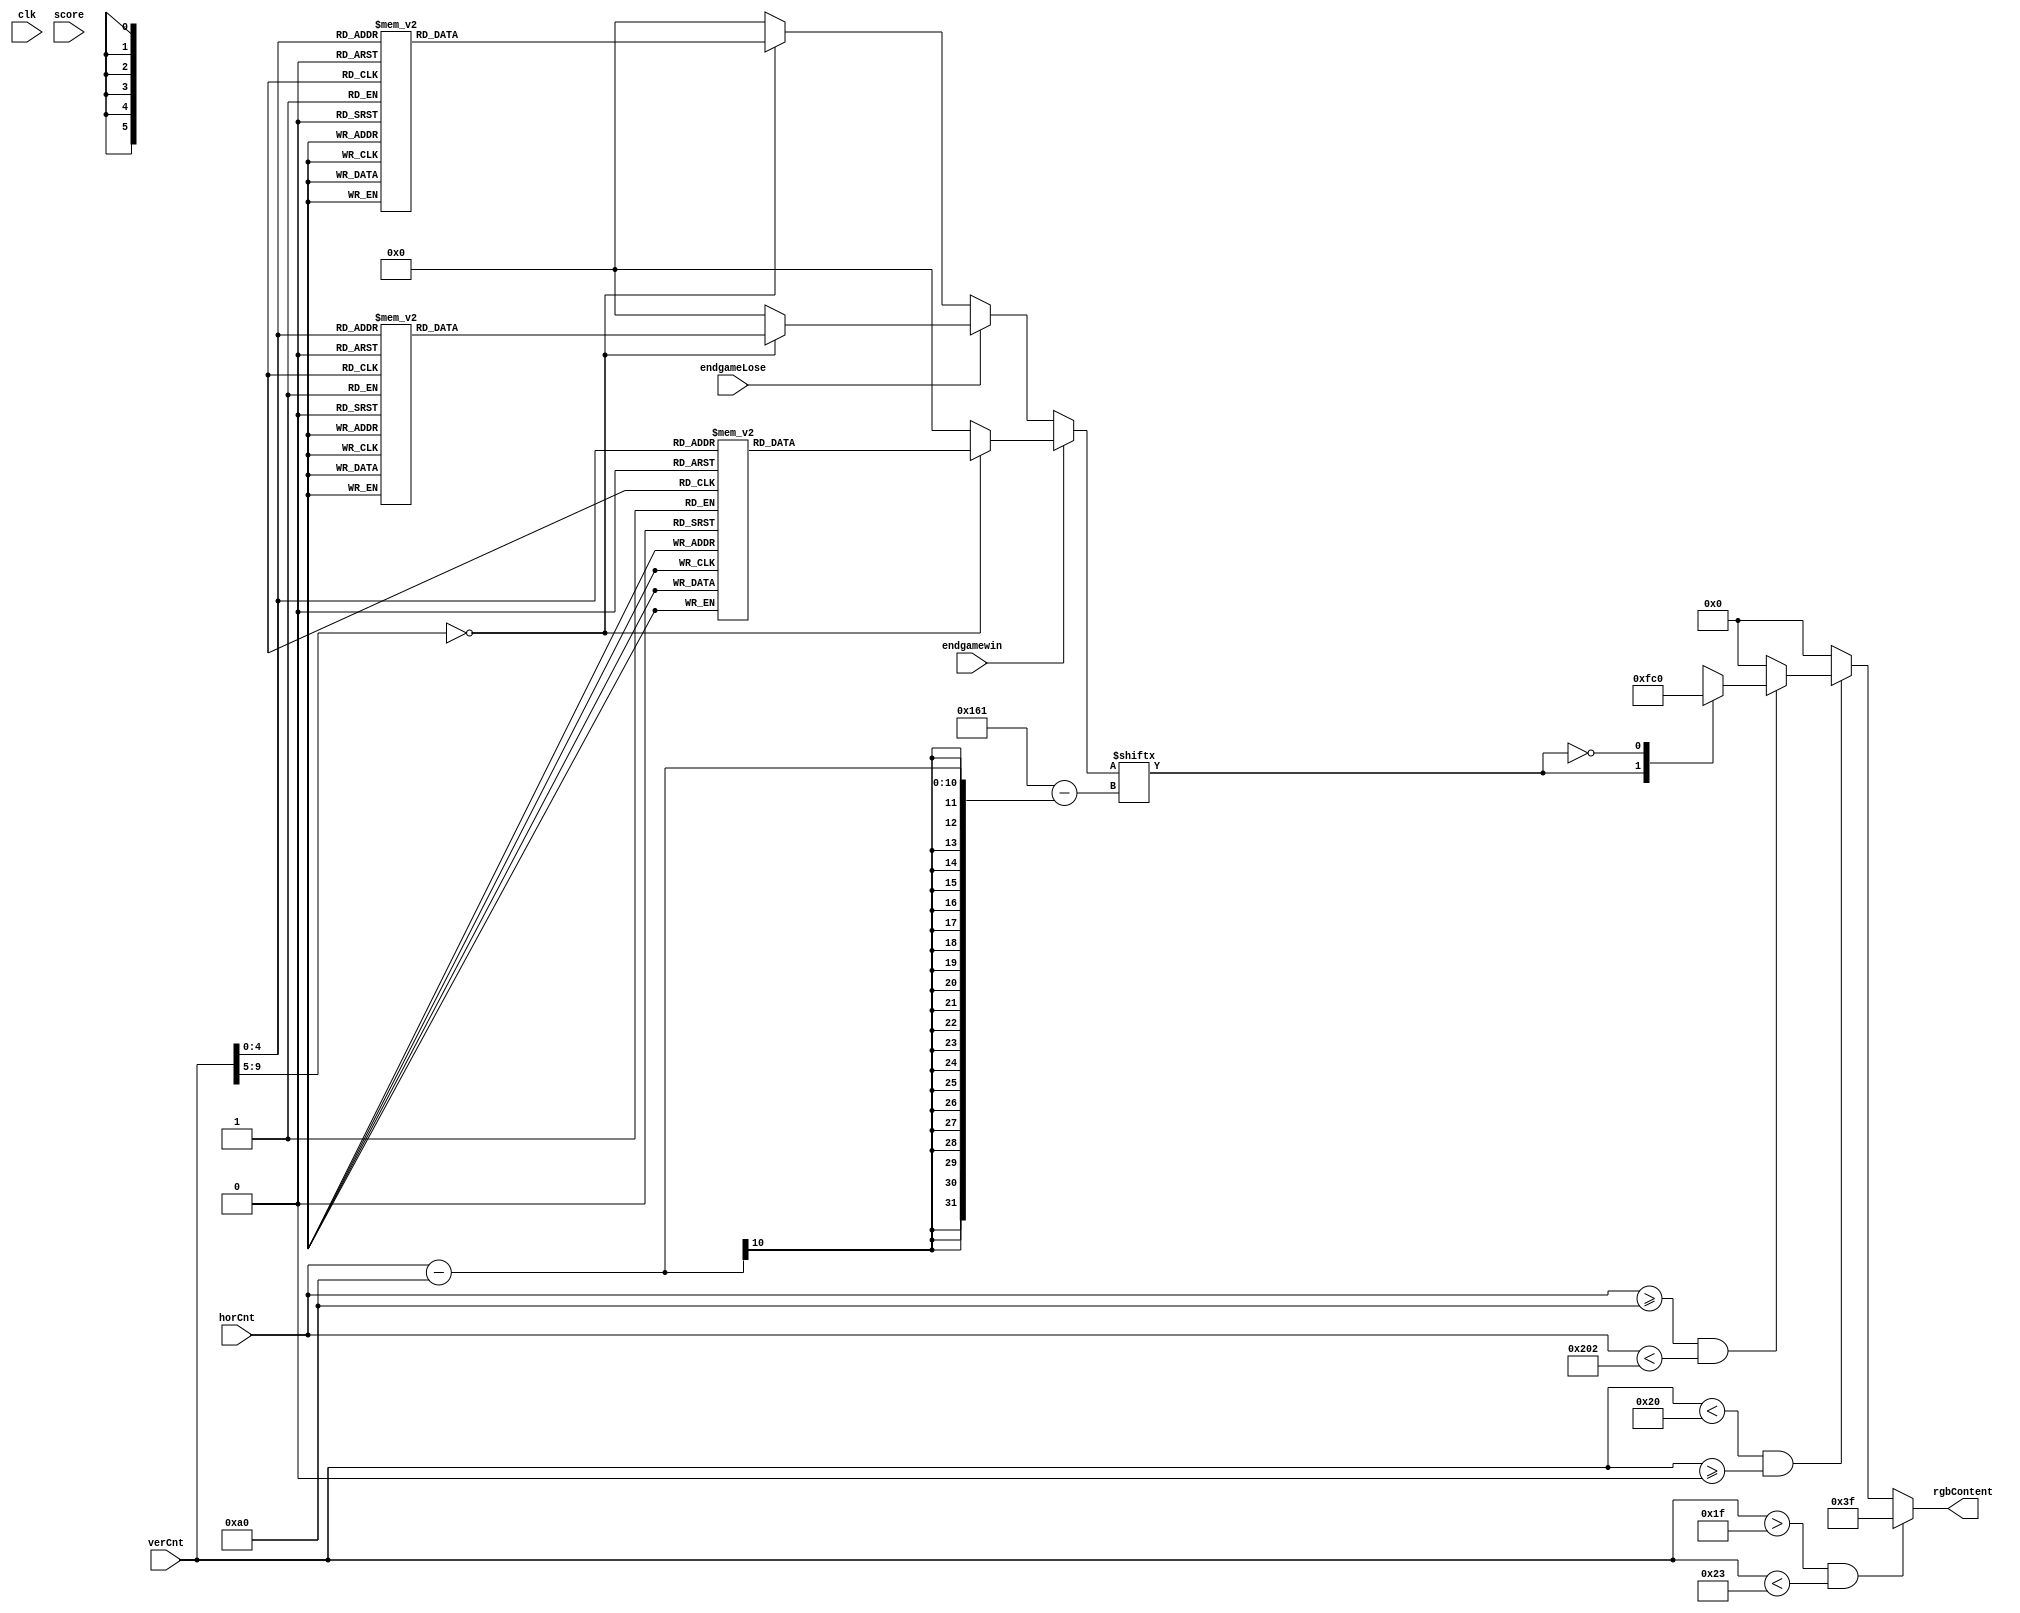
`timescale 1ns / 1ps
//////////////////////////////////////////////////////////////////////////////////
// Company: 
// Engineer: 
// 
// Design Name: 
// Module Name:    header 
// Project Name: 
// Target Devices: 
// Tool versions: 
// Description: 
//
// Dependencies: 
//
// Revision: 
// Revision 0.01 - File Created
// Additional Comments: 
//
//////////////////////////////////////////////////////////////////////////////////
module header(horCnt,
				  verCnt,
				  clk,
				  rgbContent,
				  score,
				  endgamewin,
				  endgameLose
    );
	parameter headerStart = 31;
	parameter headerWidth = 4;
	parameter startSpr = 10;
	input [9:0] horCnt;
	input [9:0] verCnt;
	input clk;
	input [3:0] score;
	input endgamewin;
	input endgameLose;
	output reg [5:0] rgbContent = 0;
	reg [353:0] data_t = 354'b0;
	reg [9:0] magic = 0;
	
	always @(horCnt or verCnt) begin
		if(verCnt > headerStart && verCnt < headerStart+headerWidth) begin 
		//alphabet here
		
			rgbContent <= 6'b111111;
		end
		
		else if(verCnt < 32 && verCnt >= 0)
		      begin
		      if(horCnt >= (0+160) && horCnt < (354+160))
		      begin
		          if(endgamewin) begin 	
		          case(verCnt)
                  10'd00: data_t = 354'b000000000000000000000000000000000000000000000000000000000000000000000000000000000000000000000000000000000000000000000000000000000000000000000000000000000000000000000000000000000000000000000000000000000000000000000000000000000000000000000000000000000000000000000000000000000000000000000000000000000000000000000000000000000000000000000000000000000000000000;
                  10'd01: data_t = 354'b000000000000000000000000000000000000000000000000000000000000000000000000000000000000000000000000000000000000000000000000000000000000000000000000000000000000000000000000000000000000000000000000000000000000000000000000000000000000000000000000000000000000000000000000000000000000000000000000000000000000000000000000000000000000000000000000000000000000000000;
                  10'd02: data_t = 354'b000000000000000000000000000000000000000000000000000000000000000000000000000000000000000000000000000000000000000000000000000000000000000000000000000000000000000000000000000000000000000000000000000000000000000000000000000000000000000000000000000000000000000000000000000000000000000000000000000000000000000000000000000000000000000000000000000000000000000000;
                  10'd03: data_t = 354'b000000000000000000000000000000000000000000000000000000000000000000001100000000000000000000000000000000000000000000000000000000000000000000000000000000000000000000000000000000000000000000000000000000000000000000000000000000000000000000000000000000000000000000000000000000000000000000000000000000000000000000000000000000000000000000000000000000000000000000;
                  10'd04: data_t = 354'b000000000000000000000000000000000000000000000000000000000000000000001100000000000000000000000000000000000000000000000000000000000000000000000000000000000000000000000000000000000000000000000000000000000000000000000000000000000000000000000000000000000000000000000000000000000000000000000000000000000000000000000000000000000000000000000000000000000000000000;
                  10'd05: data_t = 354'b000000000000000000000000000000000000000000000000000000000000000000011100000000000000000000000000000000000000000011000000000000000000110000000000000000000000000000000000000000000000000000000000000000000000000000000000000000000000000000000000000000000000000000000000000000000000000000000000000000000000000000000000000000000000000000000000000000000000000000;
                  10'd06: data_t = 354'b000000000000000000000000000000000000000000000000000000000000000000011100000000000000000000000000000000000000000011000000000000000001110000000000000110000000000000000000000000000000000000000000000000001100000000111100000000000000000000000000000000000000000000000000000000000000001110000000000000000000000000000000000000000000000000000000000000000000000000;
                  10'd07: data_t = 354'b000000000000000000000000000000000000000000000000000000000000000000111100000000000000000000000000000000000000000011000000000000000011110000000000001110000000001100000000000000000000000000000000000000001100000011111100000000000000000000000000000000000000000000000000000000000000011110000000000000000000000000000000000000000000000000000000000000000000000000;
                  10'd08: data_t = 354'b000000000000000000000000000000000000000000000000000000000000000001111100000000000000000000000000000000000000000011100000000000000111100000000000001110000000001100000000000000000000000000000000000000001110000011110000000000000000011000000000000000000000000000000000000000000000111110000000000000000000000000000000000000000000000000000000000000000000000000;
                  10'd09: data_t = 354'b000000000000000000000000000000000000000000000000000000000111111111111111110000000000000000000000000000000000000001100000000000011110000000000000001100000000011100000000000000000000000110000000000000000110000000110000000111000000011000000000000000000000000000000000000011110001111110000000000000000000000000000000000000000000000000000000000000000000000000;
                  10'd10: data_t = 354'b000000000000000000000000000000000000000000000000000000000111111111111111110000000000000000000000000000000000000001100000000000011110000000000000001100000000011100000000000000000000000110000000000000000111000000110000000111000000011000000000000000000000000000000000000011111111111111100000000000000000000000000000000000000000000000000000000000000000000000;
                  10'd11: data_t = 354'b000000000000000000000000000000000000000000000000000000000001111111111111110000000000000000000011100000000000000001111000000001111000000000000000001100000000011000000000000000000000000110000000000000000011000000110000000111110000011000000000000000000000000000000000000001111111111111111100000000000000000000000000000000000000000000000000000000000000000000;
                  10'd12: data_t = 354'b000000000000000000000000000000000000000000000000000000000000111111111111100000000000000000000011100000000000000001111100000111110000000000000000001100000000111000000000000000000000000110000000000000000011000000111000000111110000011100000000000000000000111000000000000000011111111111111100000000000000000000000000000000000000000000000000000000000000000000;
                  10'd13: data_t = 354'b000000000000000000000000000000000000000000000000000000000000011111111111000000000000000000000011110000000000000000011111111111000000000000000000001100000000111000000000000000000000000111000000000000000111000000011000000110111000001100000000000000000001111000000000000000001111111111111100000000000000000000000000000000000000000000000000000000000000000000;
                  10'd14: data_t = 354'b000000000000000000000000000000000000000000000000000000000000111111111100000000000000000000000011110001111000000000000111111100000000111111000000011100000001110000000000000000000000000011000000000000000110000000011000000111011100001100000000000000000011111000000000000000001111111111100000000000000000000000000000000000000000000000000000000000000000000000;
                  10'd15: data_t = 354'b000000000000000000000000000000000000000000000000000000000001111111111100000000000000000000000011110011111000000000000000110000000011111111100000011100000001110000000000000000000000000011000000000000000110000000011000000111001110001100000000000000000011111000000000000000000111111111100000000000000000000000000000000000000000000000000000000000000000000000;
                  10'd16: data_t = 354'b000000000000000000000000000000000000000000000000000000000111111111111100000000000000000000000011111111110000000000000001110000001111100001100000011000000001100000000000000000000000000111000000000000000110000000011000000011000110011100000000000000000111111000000000000000011111111110000000000000000000000000000000000000000000000000000000000000000000000000;
                  10'd17: data_t = 354'b000000000000000000000000000000000000000000000000000000000111110000111100000000000000000000000011111111100000000000000001100000001111000001100000111000000001100000000000000000000000000110000001111000000110000000011000000011000111011000000000000000000111111000000000000000011111111110000000000000000000000000000000000000000000000000000000000000000000000000;
                  10'd18: data_t = 354'b000000000000000000000000000000000000000000000000000000000000000000001100000000000000000000000111111111100000000000000011100000001100000001100000111000000001100000000000000000000000000110000001111000000110000000011000000011000011111100000000011111111111111111000000000000111111111110000000000000000000000000000000000000000000000000000000000000000000000000;
                  10'd19: data_t = 354'b000000000000000000000000000000000000000000000000000000000000000000001100000000000000000000000111111110000000000000000111000000001100000001100001110000000001100000000000000000000000000110000011111100000110000000011000000011000001111100000000011111111111111111110000000000111111011111000000000000000000000000000000000000000000000000000000000000000000000000;
                  10'd20: data_t = 354'b000000000000000000000000000000000000000000000000000000000000000000001100000000000000000000001111111110000000000000000110000000001100000001100001110000000011100000000000000000000000000111000011001110000110000000111000000011000001111110000000000111111111111111110000000000111000001111000000000000000000000000000000000000000000000000000000000000000000000000;
                  10'd21: data_t = 354'b000000000000000000000000000000000000000000000000000000000000000000000000000000000000000000011111111110000000000000001110000000001100000001100001100000000011100000000000000000000000000011000011000110000111000000110000000011000000011110000000000000111111111111100000000000000000000111000000000000000000000000000000000000000000000000000000000000000000000000;
                  10'd22: data_t = 354'b000000000000000000000000000000000000000000000000000000000000000000000000000000000000000001111111111110000000000000011100000000001100000011100001100000000111000000000000000000000000000011000111000111000111000000110011100011100000001111000000000001111111111111000000000000000000000111000000000000000000000000000000000000000000000000000000000000000000000000;
                  10'd23: data_t = 354'b000000000000000000000000000000000000000000000000000000000000000000000000000000000000000111111111111110000000000000011000000000001100000111100001100000000111000000000000000000000000000011000110000011100111000000110111100001100000000111000000000001111111111100000000000000000000000000000000000000000000000000000000000000000000000000000000000000000000000000;
                  10'd24: data_t = 354'b000000000000000000000000000000000000000000000000000000000000000000000000000000000000001111111111111111000000000000111000000000001111111110000001111111111110000000000000000000000000000011111110000001111110000000111110000001100000000000000000000001111111111100000000000000000000000000000000000000000000000000000000000000000000000000000000000000000000000000;
                  10'd25: data_t = 354'b000000000000000000000000000000000000000000000000000000000000000000000000000000000000001111111111111111000000000000111000000000001111111110000001111111111110000000000000000000000000000011111110000000111100000000111100000001100000000000000000000001111111111100000000000000000000000000000000000000000000000000000000000000000000000000000000000000000000000000;
                  10'd26: data_t = 354'b000000000000000000000000000000000000000000000000000000000000000000000000000000000000000000111110000111100000000000110000000000000011111000000000000000000000000000000000000000000000000000000000000000000000000000000000000000000000000000000000000011111111011110000000000000000000000000000000000000000000000000000000000000000000000000000000000000000000000000;
                  10'd27: data_t = 354'b000000000000000000000000000000000000000000000000000000000000000000000000000000000000000000111100000011100000000000110000000000000000000000000000000000000000000000000000000000000000000000000000000000000000000000000000000000000000000000000000000011111110011110000000000000000000000000000000000000000000000000000000000000000000000000000000000000000000000000;
                  10'd28: data_t = 354'b000000000000000000000000000000000000000000000000000000000000000000000000000000000000000000111000000011100000000000000000000000000000000000000000000000000000000000000000000000000000000000000000000000000000000000000000000000000000000000000000000011110000001110000000000000000000000000000000000000000000000000000000000000000000000000000000000000000000000000;
                  10'd29: data_t = 354'b000000000000000000000000000000000000000000000000000000000000000000000000000000000000000000110000000000000000000000000000000000000000000000000000000000000000000000000000000000000000000000000000000000000000000000000000000000000000000000000000000000000000000000000000000000000000000000000000000000000000000000000000000000000000000000000000000000000000000000;
                  10'd30: data_t = 354'b000000000000000000000000000000000000000000000000000000000000000000000000000000000000000000000000000000000000000000000000000000000000000000000000000000000000000000000000000000000000000000000000000000000000000000000000000000000000000000000000000000000000000000000000000000000000000000000000000000000000000000000000000000000000000000000000000000000000000000;
                  10'd31: data_t = 354'b000000000000000000000000000000000000000000000000000000000000000000000000000000000000000000000000000000000000000000000000000000000000000000000000000000000000000000000000000000000000000000000000000000000000000000000000000000000000000000000000000000000000000000000000000000000000000000000000000000000000000000000000000000000000000000000000000000000000000000;
                  default: data_t = 354'b0;  
                  endcase;      
		          end
		          else if(endgameLose) begin 
		          case(verCnt)
                   10'd00: data_t = 354'b000000000000000000000000000000000000000000000000000000000000000000000000000000000000000000000000000000000000000000000000000000000000000000000000000000000000000000000000000000000000000000000000000000000000000000000000000000000000000000000000000000000000000000000000000000000000000000000000000000000000000000000000000000000000000000000000000000000000000000;
                                  10'd01: data_t = 354'b000000000000000000000000000000000000000000000000000000000000000000000000000000000000000000000000000000000000000000000000000000000000000000000000000000000000000000000000000000000000000000000000000000000000000000000000000000000000000000000000000000000000000000000000000000000000000000000000000000000000000000000000000000000000000000000000000000000000000000;
                                  10'd02: data_t = 354'b000000000000000000000000000000000000000000000000000000000000000000000000000000000000000000000000000000000000000000000000000000000000000000000000000000000000000000000000000000000000000000000000000000000000000000000000000000000000000000000000000000000000000000000000000000000000000000000000000000000000000000000000000000000000000000000000000000000000000000;
                                  10'd03: data_t = 354'b000000000000000000000000000000000000000000000000000000000000000000000000000000000000000000000000000000000000000000000000000000110000000000000000000000000000000000000000000000000000000000000000000000000000000000000000000000000000000000000000000000000000000000000000000000000000000000000000000000000000000000000000000000000000000000000000000000000000000000;
                                  10'd04: data_t = 354'b000000000000000000000000000000000000000000000000000000000000000000000000000000000000000000000000000000000000000000000000000001110000000000000011000000000000000000000000000000000000000000000000000000000000000000000000011100000000000000000000000000000000000000000000000000000000000000000000000000000000000000000000000000000000000000000000000000000000000000;
                                  10'd05: data_t = 354'b000000000000000000000000000000000000000000000000000000000000000000000000000000000000000000000000000000000000001111000000000001111000000000000111100000000000000000000000000000000000000011111110000000000000000000000000111100000000000111110000000000000000000000000000000000000000000000000000000000000000000000000000000000000000000000000000000000000000000000;
                                  10'd06: data_t = 354'b000000000000000000000000000000000000000000000000000000000000000000000000000000000000000000000000000000000000111111110000000001111000000000000111100000001110000000000000000000000000000111111111000000000000000000001111110000000000000111111000000000000000000000000000000000000000000000000000000000000000000000000000000000000000000000000000000000000000000000;
                                  10'd07: data_t = 354'b000000000000000000000000000000000000000000000000000000000000000111111000000000000000000000000000000000000001111001111000000001111000000000000111110000011110000000000000000000000000001110000111100000000000000000001111100000000000000110011100000000000000000000000000000000000000000000000000000000000000000000000000000000000000000000000000000000000000000000;
                                  10'd08: data_t = 354'b000000000000000000000000000000000000000000000000000000000000011111111110000000000000000000000000000000000111100000111000000001111100000000000110110000111110000000000000000000000000011110000011100000000000000000001100000001110000001110001110000000000000000000000000000000000000000000000000000000000000000000000000000000000000000000000000000000000000000000;
                                  10'd09: data_t = 354'b000000000000000000000000000000000000000000000000000000000000111111111111000000000000000000000000000000000111000000000000000001101110000000000110111001111110000001111111000000000000111000000001110000000000000000001100001111110000011100000111000000000000000000000000000000000000000000000000000000000000000000000000000000000000000000000000000000000000000000;
                                  10'd10: data_t = 354'b000000000000000000000000000000000000000000000000000000000000111111111111000000000000000000000000000000001110000000000000000001100110000000000110011011100110000001111111000000000001110000000000110000000000000000001110111111000000011100000111000000000000000000000000000000000000000000000000000000000000000000000000000000000000000000000000000000000000000000;
                                  10'd11: data_t = 354'b000000000000000000000000000000000000000000000000000000000011111111111111100000000000001111110000000000001100000000000000000001100110000000000110011111000110000001100000000000000011100000000000110000000000000000000111111000000000111000000011000000000000000000000000000000011111110000000000000000000000000000000000000000000000000000000000000000000000000000;
                                  10'd12: data_t = 354'b000000000000000000000000000000000000000000000000000000000011111111111111100000000000011111111000000000011100000000000000000011100111000000000110011110000110000001100000000000000011100000000000110000000000000000000111110000000001111110000111000000000000000000000000000000111111111000000000000000000000000000000000000000000000000000000000000000000000000000;
                                  10'd13: data_t = 354'b000000000000000000000000000000000000000000000000000000000001111111111111100000000000111111111000000000011100000000000000000011000011110000000110001110001110000011100000000000000011000000000000110000000000001100000111100000000001110111000111000000000000000000000000000001111111111100000000000000000000000000000000000000000000000000000000000000000000000000;
                                  10'd14: data_t = 354'b000000000000000000000000000000000000000000000000000000000001111111111111100000000000111111111111100000111000000000011000000111011111110000000110001100001100000011000000000000000011000000000000110011000000011100000110000000000001100111111110000000000000000000000000000001111111111100000000000000000000000000000000000000000000000000000000000000000000000000;
                                  10'd15: data_t = 354'b000000000000000000000000000000000000000000000000000000000000111111111111100000000000111111111111100000110000111111111000001111111111100000001110001100001100000011000000000000000011000000000000110011100000011000000110000111100011100011111100000000000111111100000000000001111111111100000000000000000000000000000000000000000000000000000000000000000000000000;
                                  10'd16: data_t = 354'b000000000000000000000000000000000000000000000000000000000111000111111111100000000000111111111100000000110000111111111100001111110001100000001100000000011100000011110000000000000011000000000001110001100000111000000110001111100011000001110000000000001111111100000000000000111111111100000000000000000000000000000000000000000000000000000000000000000000000000;
                                  10'd17: data_t = 354'b000000000000000000000000000000000000000000000000000000011111000011111111000000000000111111111000000000110000000000001100011111000001110000001100000000011000000111111111000000000011000000000001100001110000111000001110111100000111000000110000000000011111111110000000000011001111111100000000000000000000000000000000000000000000000000000000000000000000000000;
                                  10'd18: data_t = 354'b000000000000000000000000000000000000000000000000000000011100001100011111000000000000111111111100000000110000000000001100111000000000110000011100000000111000001110111111000000000011000000000011100001111001110000001111111000000111000000110000000000011111111110000000000111001111111100000000000000000000000000000000000000000000000000000000000000000000000000;
                                  10'd19: data_t = 354'b000000000000000000000000000000000000000000000000000000000000001100011000000000000000111110111100000000110000000000001101110000000000111000111000000000111000011100000000000000000011000000000011100000011101100000001111100000000110000000111000000000011111111110000000011111011111111100000000000000000000000000000000000000000000000000000000000000000000000000;
                                  10'd20: data_t = 354'b000000000000000000000000000000000000000000000000000000000000111100011000000000000000000110001100000000111000000000011101100000000000111100110000000000110000011000000000000000000011100000001111000000011111100000001111000000000110000000111000000000011111111110000000011100111101111000000000000000000000000000000000000000000000000000000000000000000000000000;
                                  10'd21: data_t = 354'b000000000000000000000000000000000000000000000000000000000000111000111000000000000000001110000000000000011100000001111101100000000000011100110000000001110000011000000000000000000001110000111110000000001111100000001110000000000000000000011100000000011111111110000000000000111001100000000000000000000000000000000000000000000000000000000000000000000000000000;
                                  10'd22: data_t = 354'b000000000000000000000000000000000000000000000000000000000000000000111000000000000000001110000000000000001110000001110001100000000000001110110000000001110000011000000000000000000000111111111100000000000111100000000000000000000000000000011100000000000000000000000000000001111001100000000000000000000000000000000000000000000000000000000000000000000000000000;
                                  10'd23: data_t = 354'b000000000000000000000000000000000000000000000000000000000000000000110000000000000000000000000000000000001111111111100001100000000000001110000000000000000000111110000000000000000000111111110000000000000111000000000000000000000000000000000000000000000011001110000000000001110001100000000000000000000000000000000000000000000000000000000000000000000000000000;
                                  10'd24: data_t = 354'b000000000000000000000000000000000000000000000000000000000000000000110000000000000000000000000000000000000011111111000001100000000000000110000000000000000000111111111110000000000000011111000000000000000011000000000000000000000000000000000000000000111011001111000000000001100011100000000000000000000000000000000000000000000000000000000000000000000000000000;
                                  10'd25: data_t = 354'b000000000000000000000000000000000000000000000000000000000000000000110000000000000000000000000000000000000000000000000000000000000000000000000000000000000000111011111110000000000000001110000000000000000000000000000000000000000000000000000000000001111011000111100000000000000011100000000000000000000000000000000000000000000000000000000000000000000000000000;
                                  10'd26: data_t = 354'b000000000000000000000000000000000000000000000000000000000000000000000000000000000000000000000000000000000000000000000000000000000000000000000000000000000000000000000000000000000000000000000000000000000000000000000000000000000000000000000000000001110011000011100000000000000011100000000000000000000000000000000000000000000000000000000000000000000000000000;
                                  10'd27: data_t = 354'b000000000000000000000000000000000000000000000000000000000000000000000000000000000000000000000000000000000000000000000000000000000000000000000000000000000000000000000000000000000000000000000000000000000000000000000000000000000000000000000000000001100011000000000000000000000000000000000000000000000000000000000000000000000000000000000000000000000000000000;
                                  10'd28: data_t = 354'b000000000000000000000000000000000000000000000000000000000000000000000000000000000000000000000000000000000000000000000000000000000000000000000000000000000000000000000000000000000000000000000000000000000000000000000000000000000000000000000000000000000000000000000000000000000000000000000000000000000000000000000000000000000000000000000000000000000000000000;
                                  10'd29: data_t = 354'b000000000000000000000000000000000000000000000000000000000000000000000000000000000000000000000000000000000000000000000000000000000000000000000000000000000000000000000000000000000000000000000000000000000000000000000000000000000000000000000000000000000000000000000000000000000000000000000000000000000000000000000000000000000000000000000000000000000000000000;
                                  10'd30: data_t = 354'b000000000000000000000000000000000000000000000000000000000000000000000000000000000000000000000000000000000000000000000000000000000000000000000000000000000000000000000000000000000000000000000000000000000000000000000000000000000000000000000000000000000000000000000000000000000000000000000000000000000000000000000000000000000000000000000000000000000000000000;
                                  10'd31: data_t = 354'b000000000000000000000000000000000000000000000000000000000000000000000000000000000000000000000000000000000000000000000000000000000000000000000000000000000000000000000000000000000000000000000000000000000000000000000000000000000000000000000000000000000000000000000000000000000000000000000000000000000000000000000000000000000000000000000000000000000000000000;
                                  default: data_t = 354'b0;
                                  endcase;  		          
		          end
		          else begin 
		          case(verCnt)
                  10'd00: data_t = 354'b000000000000000000000000000000000000000000000000000000000000000000000000000000000000000000000000000000000000000000000000000000000000000000000000000000000000000000000000000000000000000000000000000000000000000000000000000000000000000000000000000000000000000000000000000000000000000000000000000000000000000000000000000000000000000000000000000000000000000000;
                  10'd01: data_t = 354'b000000000000000000000000000000000000000000000000000000000000000000000000000000000000000000000000000000000000000000000000000000000000000000000000000000000000000000000000000000000000000000000000000000000000000000000000000000000000000000000000000000000000000000000000000000000000000000000000000000000000000000000000000000000001000000000000000000000000000000;
                  10'd02: data_t = 354'b000000000000000000000000000000000000000000000000000000000000000000000000000000000000000000000000000000000000000000000000000000000000000000000000000000000000000000000000000000000001110000000000000000000000000000000000000000000000000000000000000000000000000000000000000000000000000000000000000000000000000000000000000000000001000000000000000000000000000000;
                  10'd03: data_t = 354'b000000000000000000000000000000000000000000000000000000000000000000000000000000000000000000000000000000000000000000000000000000000000000000000000000000000000000000000000000000000001110000000000000000000000000000001100000000000000000000000000000000000000000000000000000000000000000000000000000000000000000000000000000000000001000000000000000000011110000010;
                  10'd04: data_t = 354'b000000000000000000000000000000000000000000000000000000000000000000000000000000011111100000000000000000000000000011100000000000000000000000000000000000000000000000110000000000000001110000000000000000000000000000011110000000111111110000000000000000001110000000000111110000000000000000000000000000000000000000000000010000000011000000000000000000111010100110;
                  10'd05: data_t = 354'b000000000000000000000000000000000000000000000000000000000000000000000000000000111111111100000000000000000000111111100000000000000000000000000000000000000000000000110000000000000011110000011000000000000000000000111110000000111111110000000001100000011110000000001111111100000000000000001111111111110000000000000000111000000010000000000000000000001001111110;
                  10'd06: data_t = 354'b000000000000000000000011000000000000000000001111111111110000000000000000000011111000111100000000000000000011111111000000000000000000000000000000000000000000000000110000011000000111110000011100000000000011000001110110000000110000111100000001111111111100000000011100011100000000000000011111111111111100000000000000101000000010000000000000000000001001011010;
                  10'd07: data_t = 354'b000000000000000000000111000000000000000000011111111111111100000000000000000111100000000000000000000000000011100000000000111111111100000000000000000000000000000001110000011000000111111000001100000000000011000011110111000000110000011110000000111111111000000000011100011100000000000000111100000000011100000000000000101100111110011000111100000000011010000010;
                  10'd08: data_t = 354'b000000000000000000000111000000000000000000111100000000011100000000000000001111000000000000011111111110000011000000000000111111111100000000000000000000000000000001100000011000000110011000001100000000000011000111000011000000110000000110000000011000000000000000011000000000000000000001110000000000001100000000000001111100100110111000101101111000000000000000;
                  10'd09: data_t = 354'b000000000000000000001111000000000000000001110000000000001100000000000000001100000000000001111111111111100011100000000000110000001110000000000000000000000000000001100000011000001110011100001110000000001111000110000011100000111000000111000000011000000000000000011000000000000000000001110000000000001111000000000011000100101101101000101001001100000000000000;
                  10'd10: data_t = 354'b000000000000000000001111000000000000000001110000000000001111000000000000001100000000000001110000000111100001100000000000110000000111000000000000000000000000000001100000011000001100001100000110000000001110000110000001100000111000000011100000011000000000000000011000000000000000000011100000000000000111000000000010000100111101111000111001011111100000000000;
                  10'd11: data_t = 354'b000000000000000000001111100000000000000011100000000000000111000000000000001100000000000001100000000001100001100000000000110000000011000000000000000000000000000001100000011000011100001100000110000000111100011110000001100000011000000001100000011000000000000000011111000000000000000011000010000000100011000000000000000000000000000000001001110000000000000000;
                  10'd12: data_t = 354'b000000000000000000011111101111100000000011000011000001100011000000000000001110000000000001110000000001100001100000000000110000000011100000000000000000000000000001100000011100011000001110000110000000111000011100000001100000011000000001100000011000001110000000011111110000000000000011000011000001100011000000000000000000000000000000010000000000000000000000;
                  10'd13: data_t = 354'b000000000000000001111111111111100000000011000011000001100011000000000000000111100000000001110000000001100001100001110000110000000001100000000000000000000000000001100000001100111000000110000110000000110000111000000001110000011000000001100000011000011110000000000011110000000000000011000000000000000011000000000000000000001100000000100000000000000000000000;
                  10'd14: data_t = 354'b000000000000011111111111111111000000000011000000000000000011000000000000000011111100000000110000000001100001101111110000110000000001100000000000000000000000000001100000001110110000000110000110000000110000110000111111111000011000000001100000011100111100000000000000111110000000000011000000100010000011000000000000000000111110000000000000000000000000000000;
                  10'd15: data_t = 354'b000000000000011111111111111110000000000011000000111110000011000000000000000001111110000000110000000011100001111111100000110000001111100000000000000000000000000001100000000110110000000110000111000000110001111111111111111000011000000001100000001101110000000000000000011110000000000011000000110010000011000000000000000000111110000000000000000000000000000000;
                  10'd16: data_t = 354'b000000000000000111111111111100000000000011000000111110000011000000000000000000000111100000110000001111000011111100000000110111111111000000000000000000000000000001100000000111110000000110000011000001110001111111110000011000011000000001100000001111100000000000000000000110000000000011000000011110000011000000000000000111111110000000000000000000000000000000;
                  10'd17: data_t = 354'b000000000000000011111111111100000000000011000000011110000011000000000000000000000111110000110000111110000011000000000000110111111100000000000000000000000000000001100000000111100000000110000011100001100011100000000000011100011000000001100000001111000000000001100000000110000000000011100000000000000011000000001110000111111110000000000000000000000000000000;
                  10'd18: data_t = 354'b000000000000000001111111110000000000000011100000000000000011000000000000000000000000110000110000111000000011000000000000110011100000000000000000000000000000000001100000000111100000000110000011100001100011100000000000001100011000000001100000000110000000000001110000000110000000000001111111111111111111000000001111111111111110000000000000000000000000000000;
                  10'd19: data_t = 354'b000000000000000011111111100000000000000001111111111111111111000000000000000000000000110001111111110000000011000000000000110001110000000000000000000000000000000001100000000111100000000111000001100001100011000000000000001100011000000011100000000111000000000001111000000110000000000001111111111111111110000000000111111111111110000000000000000000000000000000;
                  10'd20: data_t = 354'b000000000000000011111111100000000000000001111111111111111110000000000000000000000000110001111111100000000111000000000000110000111000000000000000000000000000000001100000000111000000000011000001100011100011000000000000001100011100000011100000000011100000000000111000000110000000000000000000000000000000000000000011111111111111000000000000000000000000000000;
                  10'd21: data_t = 354'b000000000000000111111111110000000000000000000000000000000000000000110000000000000000110001110000000000000110000000000001110000011100000000000000000000000000000001100000001110000000000011000001100111000111000000000000001100001100000111000000000001100000000000011000000110000000000000000000000000000000000000000001111111111111100000000000000000000000000000;
                  10'd22: data_t = 354'b000000000000001111100011111000000000000000000000000000000000000000111000000000000000110001100000000000000110000000000001100000001111000000000000000000000000000001100000001110000000000011000001110110001110000000000000001110001110001111000000000001111000000000011100001110000000000001110000111000011110000000000011111111111111111000000000000000000000000000;
                  10'd23: data_t = 354'b000000000000011110000001111000000000000001110000111000011110000000111100000000000000110001100000000000000110000000000001100000000111000000000000000000000000000001100000001100000000000011000000111110001110000000000000000110001110011110000000000000111000000000001110011100000000000011110000111000011110000000000111111111111111111000000000000000000000000000;
                  10'd24: data_t = 354'b000000000000011000000000111100000000000011110000111000011110000000001110000000000001110001100000000000000110000001110001110000000011111000000000000000000000000001100000001100000000000011000000111100111100000000000000000000000111111100000000000000011111111100000111111000000000000011110001111000001111000000001111111111111110000000000000000000000000000000;
                  10'd25: data_t = 354'b000000000000011000000000111100000000000011110001111000001111000000000111000000000001110001100000000000000110000011110000110000000001111100000000000000000000000001100000001100000000000011000000111000111000000000000000000000000011110000000000000000011111111100000111111000000000000011100001111000001111000000011111111111111110000000000000000000000000000000;
                  10'd26: data_t = 354'b000000000000000000000000011100000000000011100001111000001111000000000011110000000111100001100000000000000110000111000000110000000000001110000000000000000000000001100000000000000000000000000000000000000000000000000000000000000011000000000000000000011100000000000011000000000000000011100001111000000111000000011100000000111110000000000000000000000000000000;
                  10'd27: data_t = 354'b000000000000000000000000000000000000000011100001111000000111000000000001111111111111000001100000000000000111111110000000110000000000000110000000000000000000000000000000000000000000000000000000000000000000000000000000000000000000000000000000000000011000000000000000000000000000000000000000000000000000000000000000000000001110000000000000000000000000000000;
                  10'd28: data_t = 354'b000000000000000000000000000000000000000000000000000000000000000000000000011111111110000001100000000000000111111100000000110000000000000110000000000000000000000000000000000000000000000000000000000000000000000000000000000000000000000000000000000000000000000000000000000000000000000000000000000000000000000000000000000000000110000000000000000000000000000000;
                  10'd29: data_t = 354'b000000000000000000000000000000000000000000000000000000000000000000000000000000000000000000000000000000000000000000000000000000000000000000000000000000000000000000000000000000000000000000000000000000000000000000000000000000000000000000000000000000000000000000000000000000000000000000000000000000000000000000000000000000000000000000000000000000000000000000;
                  10'd30: data_t = 354'b000000000000000000000000000000000000000000000000000000000000000000000000000000000000000000000000000000000000000000000000000000000000000000000000000000000000000000000000000000000000000000000000000000000000000000000000000000000000000000000000000000000000000000000000000000000000000000000000000000000000000000000000000000000000000000000000000000000000000000;
                  10'd31: data_t = 354'b000000000000000000000000000000000000000000000000000000000000000000000000000000000000000000000000000000000000000000000000000000000000000000000000000000000000000000000000000000000000000000000000000000000000000000000000000000000000000000000000000000000000000000000000000000000000000000000000000000000000000000000000000000000000000000000000000000000000000000;		          
		           default: data_t = 354'b0;
		           endcase;
		          end
		         case(data_t[353-(horCnt-160)])
                      1: rgbContent <= 6'b111111;
                      0: rgbContent <= 6'b000000;
                      default: rgbContent <= 6'b000000;
                  endcase;
		      end
		      else 
                  rgbContent <= 6'b000000;               
	    end
	    else 
            rgbContent <= 6'b000000;
        end

endmodule